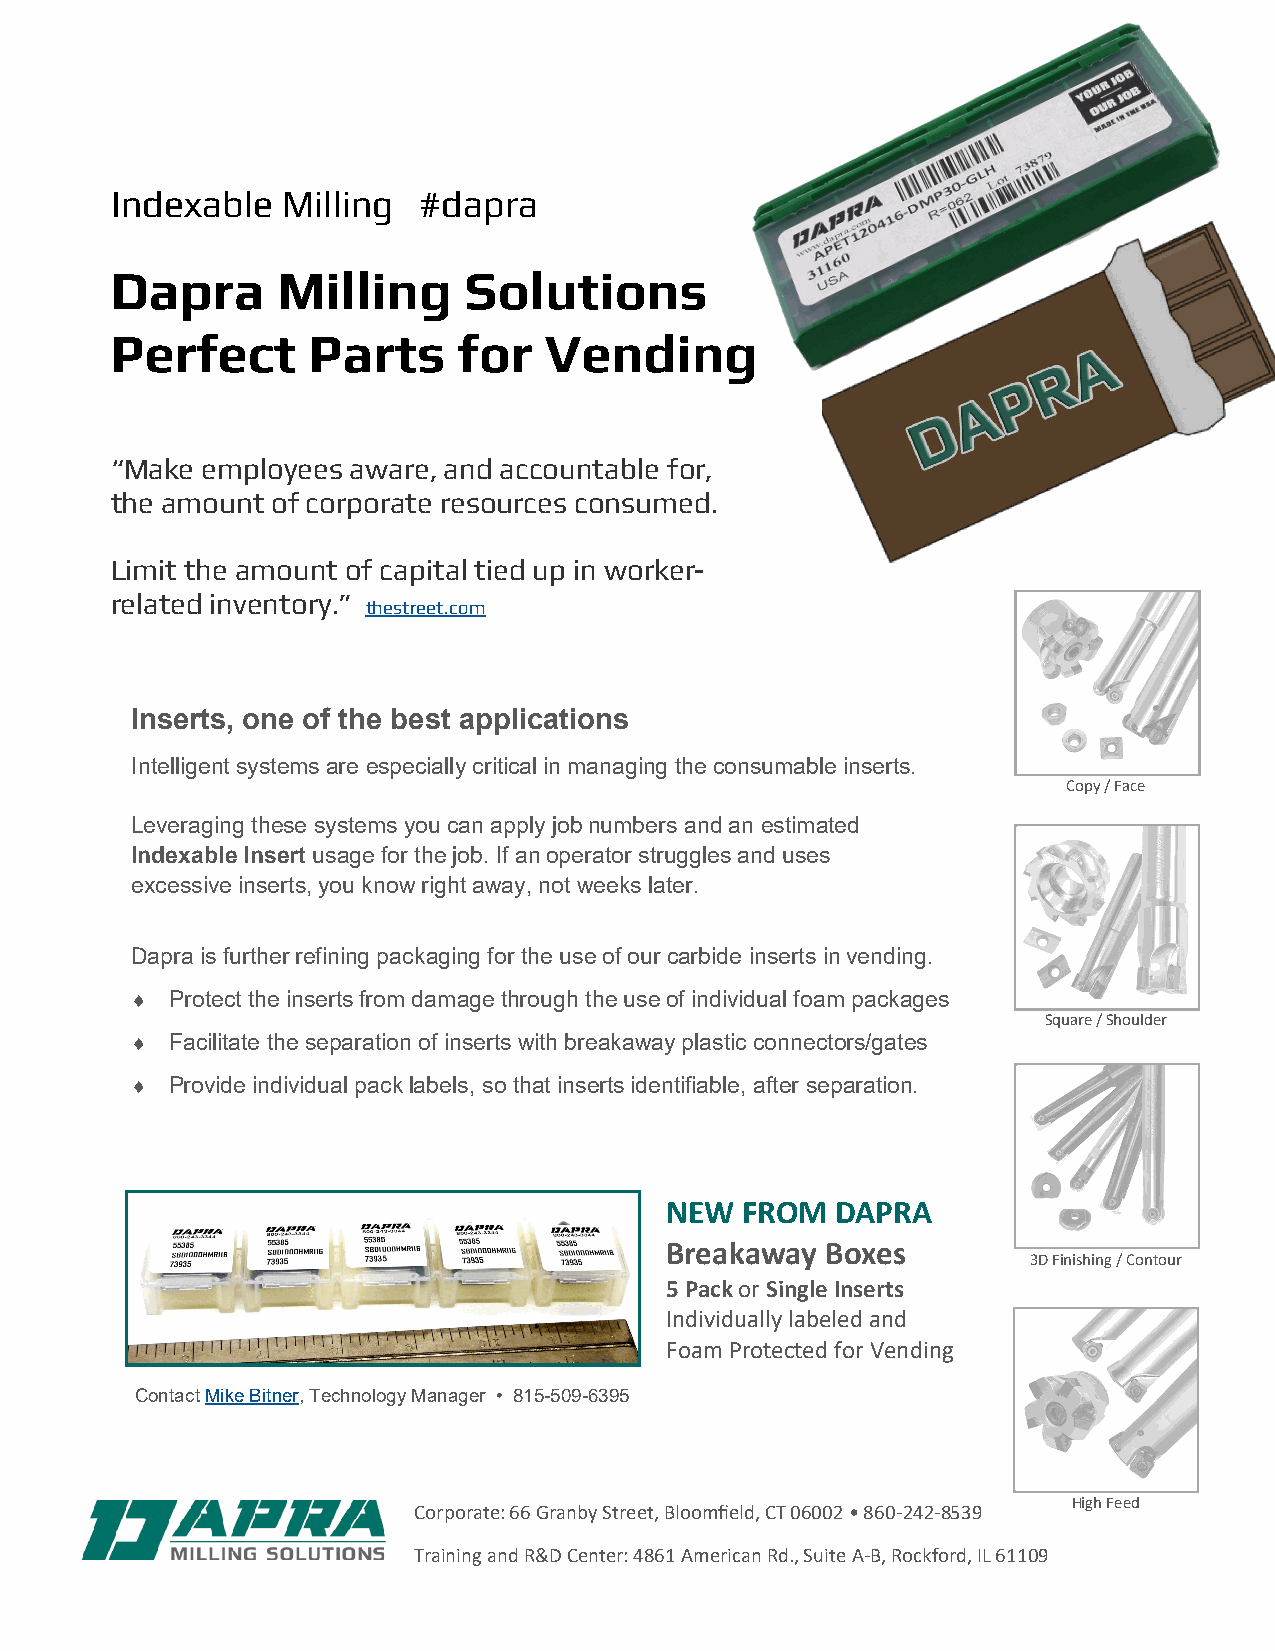
Indexable   Milling  #dapra
 Dapra      Milling      Solutions
 Perfect      Parts     for   Vending
 “Make employees aware, and accountable for,
 the amount of corporate resources consumed.
 Limit the amount of capital tied up in worker-
 related inventory.”
 thestreet.com
 Inserts, one of the best applications
 Intelligent systems are especially critical in managing the consumable inserts.
 Copy / Face
 Leveraging these systems you can apply job numbers and an estimated
 Indexable Insert usage for the job. If an operator struggles and uses
 excessive inserts, you know right away, not weeks later.
 Dapra is further refining packaging for the use of our carbide inserts in vending.
  Protect the inserts from damage through the use of individual foam packages
 Square / Shoulder
  Facilitate the separation of inserts with breakaway plastic connectors/gates
  Provide individual pack labels, so that inserts identifiable, after separation.
 NEW  FROM  DAPRA
 Breakaway  Boxes
 3D Finishing / Contour
 5 Pack or Single Inserts
 Individually labeled and
 Foam Protected for Vending
 Contact Mike Bitner, Technology Manager • 815-509-6395
 High Feed
 Corporate: 66 Granby Street, Bloomfield, CT 06002 • 860-242-8539
 Training and R&D Center: 4861 American Rd., Suite A-B, Rockford, IL 61109